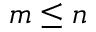
m \le n